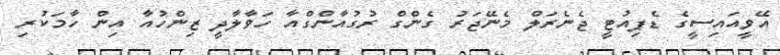
އޭވީއައިސީގެ ޑެޕިއުޓީ ޖެނެރަލް މެނޭޖަރު ގެންގް ރުގުއާންގްއާ ހަވާލާދީ ޒިންހުއާ އިން ހާމަކުރި